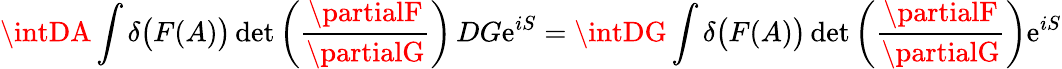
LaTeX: \intDA\int\delta{\big(}F(A){\big)}\operatorname*{d\mathrm{e}t}\left({\frac{{\partialF}}{{\partialG}}}\right)\, DG\mathrm{e}^{iS}=\intDG\int\delta{\big(}F(A){\big)}\operatorname*{d\mathrm{e}t}\left({\frac{{\partialF}}{{\partialG}}}\right)\mathrm{e}^{iS}